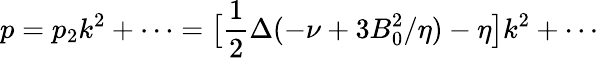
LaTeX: p=p_{2}k^{2}+\cdots=\bigl[\frac{1}{2}\Delta(-\nu+3B_{0}^{2}/\eta)-\eta\bigr]k^{2}+\cdots